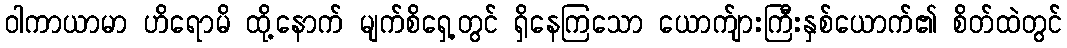
ဝါကာယာမာ ဟိရောမိ ထို့နောက် မျက်စိရှေ့တွင် ရှိနေကြသော ယောက်ျားကြီးနှစ်ယောက်၏ စိတ်ထဲတွင်